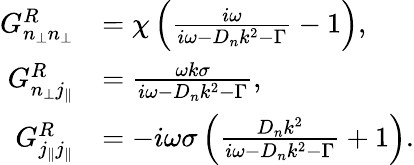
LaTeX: \begin{array}{rl}{G_{n_{\perp}n_{\perp}}^{R}}&{=\chi\left(\frac{i\omega}{i\omega-D_{n}k^{2}-\Gamma}-1\right),}\\ {G_{n_{\perp}j_{\| }}^{R}}&{=\frac{\omega k\sigma}{i\omega-D_{n}k^{2}-\Gamma},}\\ {G_{j_{\| }j_{\| }}^{R}}&{=-i\omega\sigma\left(\frac{D_{n}k^{2}}{i\omega-D_{n}k^{2}-\Gamma}+1\right).}\end{array}